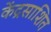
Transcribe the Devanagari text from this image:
केंद्रसाशित